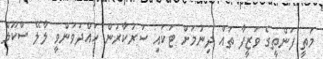
މަތީ ފަންތީގެ ވަޒީފާ ތައް ދިނުމަށް ޓަކައި ސަރުކާރުން ހައްދަވަންވީ ލާލޭ ސްކޫލް